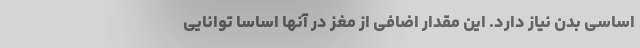
اساسی بدن نیاز دارد. این مقدار اضافی از مغز در آنها اساساً توانایی